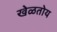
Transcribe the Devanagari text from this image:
खेळतोय